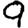
Digit: 9